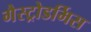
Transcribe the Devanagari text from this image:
गैस्ट्रोडर्मिस